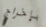
بإخراج